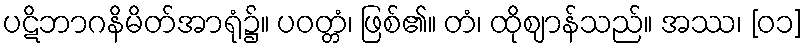
ပဋိဘာဂနိမိတ်အာရုံ၌။ ပဝတ္တံ၊ ဖြစ်၏။ တံ၊ ထိုဈာန်သည်။ အဿ၊ [၀၁]